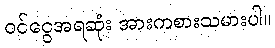
ဝင်ငွေအရဆုံး အားကစားသမားပါ။